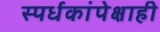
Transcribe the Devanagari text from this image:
स्पर्धकांपेक्षाही